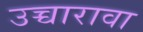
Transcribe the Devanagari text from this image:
उच्चारावा